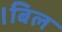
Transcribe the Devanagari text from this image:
।बिल